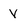
Character: V